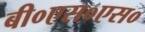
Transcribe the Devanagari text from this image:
बी०एस०एस०